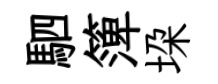
駟𥱼垜